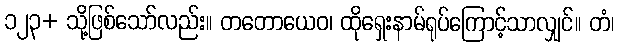
၁၂၃+ သို့ဖြစ်သော်လည်း။ တတောယေဝ၊ ထိုရှေးနာမ်ရုပ်ကြောင့်သာလျှင်။ တံ၊